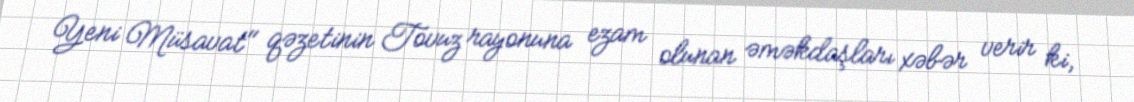
Yeni Müsavat" qəzetinin Tovuz rayonuna ezam olunan əməkdaşları xəbər verir ki,